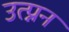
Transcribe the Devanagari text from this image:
उत्प्नन